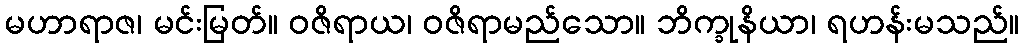
မဟာရာဇ၊ မင်းမြတ်။ ဝဇိရာယ၊ ဝဇိရာမည်သော။ ဘိက္ခုနိယာ၊ ရဟန်းမသည်။